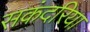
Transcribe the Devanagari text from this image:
सकंदरिया